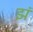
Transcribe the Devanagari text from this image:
झं